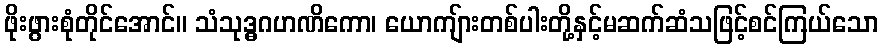
ဖိုးဖွားစုံတိုင်အောင်။ သံသုဒ္ဓဂဟဏိကော၊ ယောကျ်ားတစ်ပါးတို့နှင့်မဆက်ဆံသဖြင့်စင်ကြယ်သော